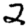
Digit: 2